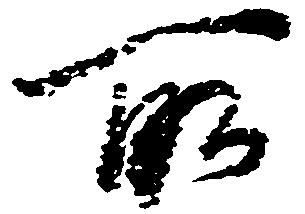
所